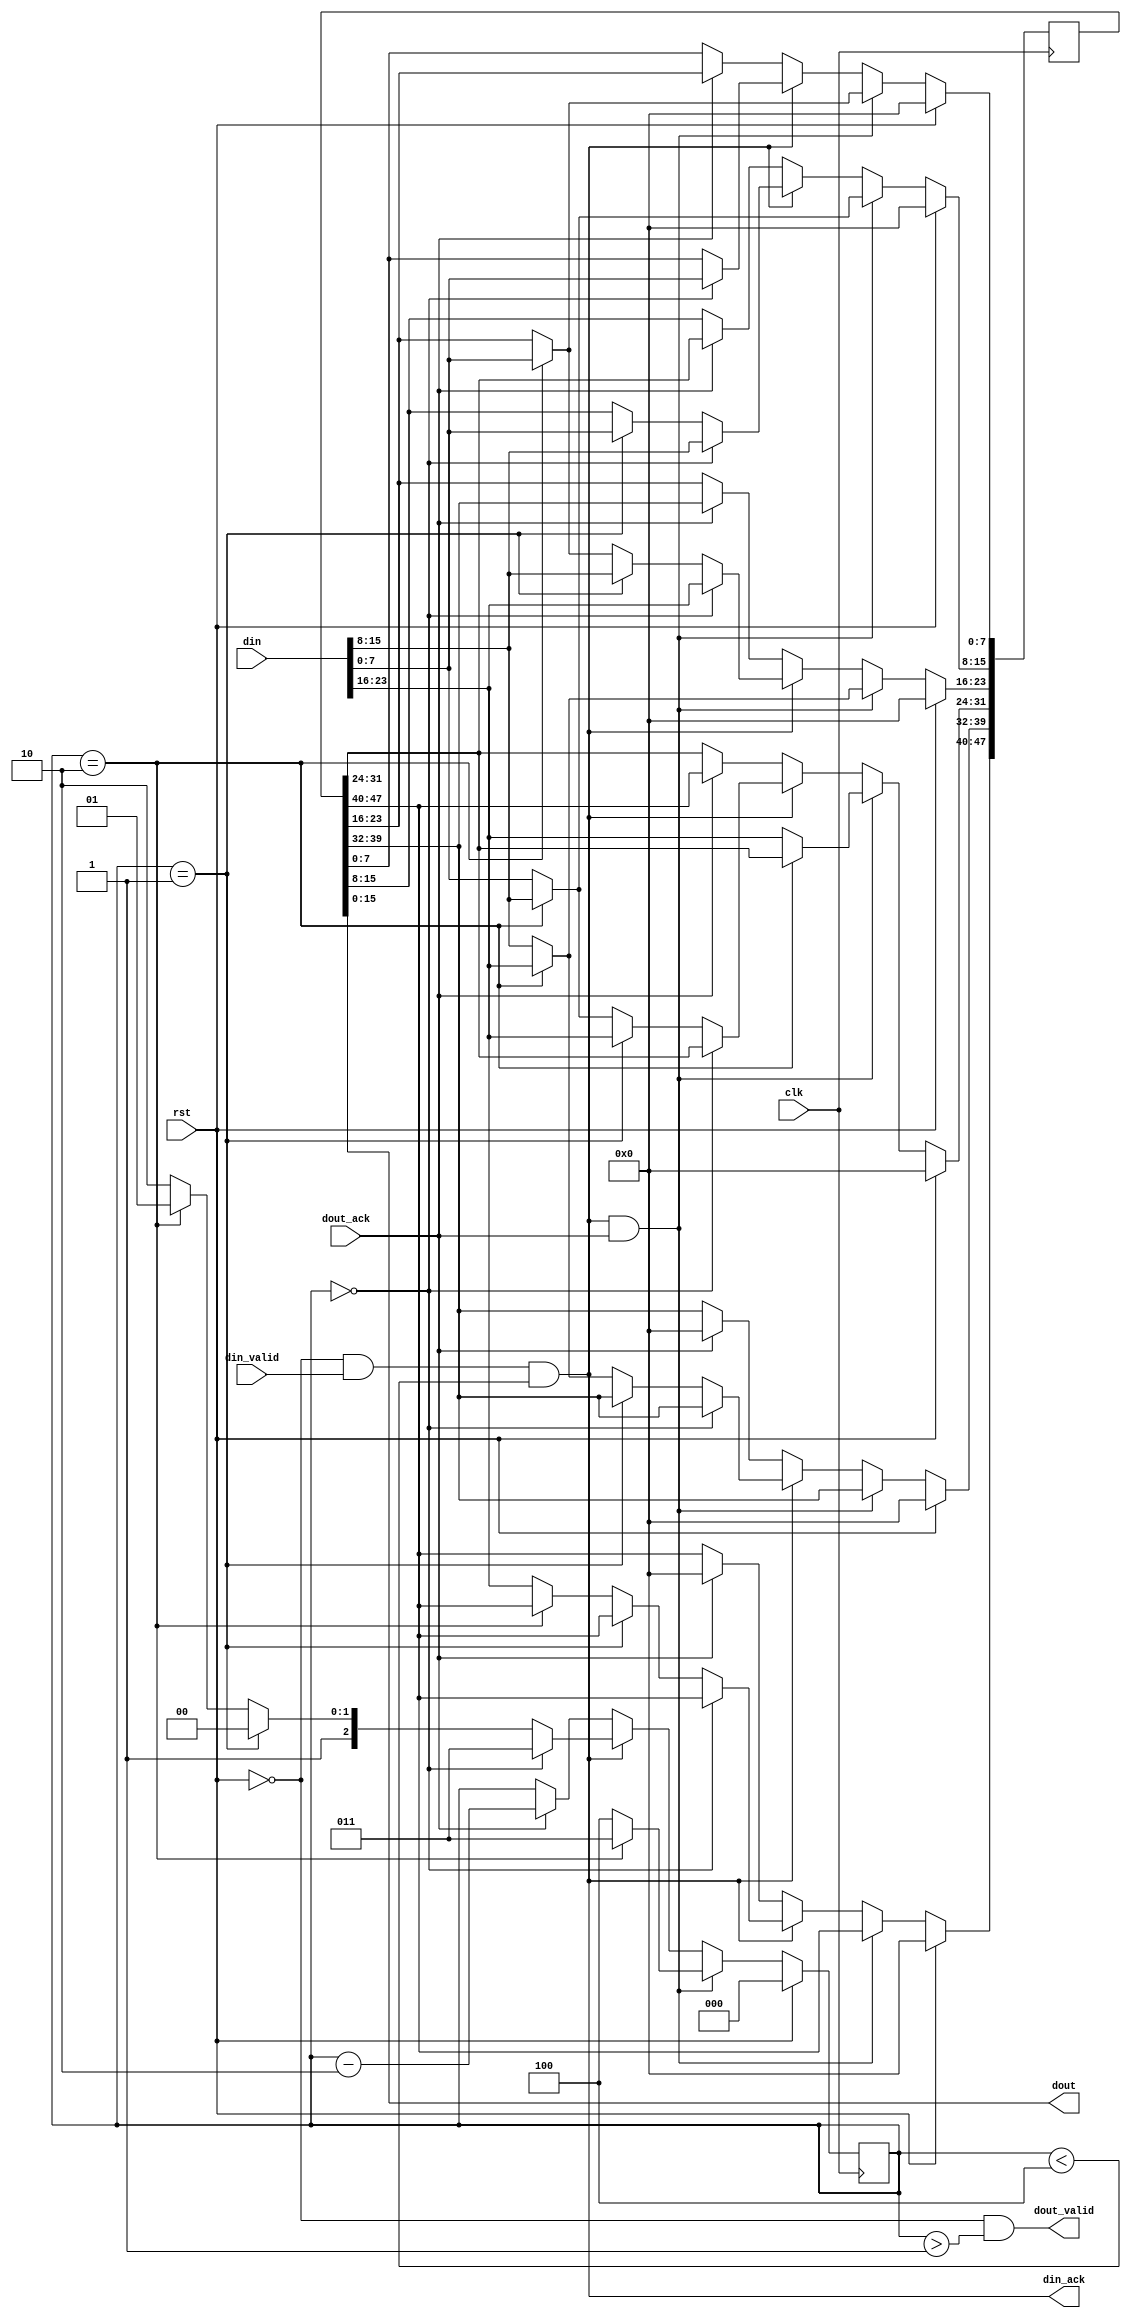
module buf_3to2 ( 
	clk,rst,

	din,
	din_valid,
	din_ack,

	dout,
	dout_valid,
	dout_ack
);

input clk,rst;

input [23:0] din;
input din_valid;
output din_ack;

output [15:0] dout;
output dout_valid;
input dout_ack;

reg [47:0] storage;
reg [2:0] held;

wire din_ack = !rst & din_valid & (held < 4);
wire dout_valid = !rst & (held > 1);
assign dout = storage[15:0];

always @(posedge clk) begin
	if (rst) begin
		storage <= 0;
		held <= 0;
	end
	else begin
		if (din_ack && dout_ack) begin
			// accepting new data and dumping old	
			// not doing the held = 4 'make space' option
			// because it extends the critical path 
			// and makes things (more) confusing
			if (held == 3'b10) begin
				storage[23:0] <= din;
				held <= 3'b011;
			end
			else begin // held == 3
				storage[31:0] <= {din,storage[23:16]};
				held <= 3'b100;
			end		 	
		end
		else if (din_ack) begin
			// accepting new data only
			if (held == 3'b0) begin
				storage[23:0] <= din;
				held <= 3'b011;
			end
			else if (held == 3'b1) begin
				storage[31:8] <= din;
				held <= 3'b100;
			end
			else if (held == 3'b10) begin
				storage[39:16] <= din;
				held <= 3'b101;
			end			
			else begin // held == 3
				storage[47:24] <= din;
				held <= 3'b110;
			end	
		end
		else if (dout_ack) begin
			// dumping old data only
			storage <= {16'b0,storage[47:16]};
			held <= held - 2'b10;
		end
	end		
end
endmodule